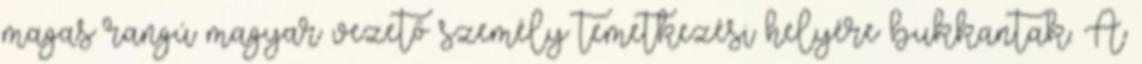
magas rangú magyar vezető személy temetkezési helyére bukkantak. A